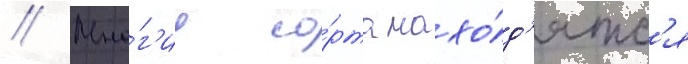
// Мно́г'ие со́рта нахо́д'ятс'я